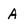
Character: A